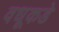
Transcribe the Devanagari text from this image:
वधूकडे